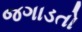
જગાડતો